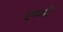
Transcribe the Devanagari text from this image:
एम्मो